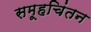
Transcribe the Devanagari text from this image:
समूहचिंतन